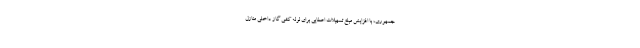
جمهوری، با افزایش مبلغ تسهیلات اعطایی برای لوله کشی گاز داخلی منازل